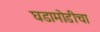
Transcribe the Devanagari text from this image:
घडामोडीचा